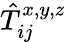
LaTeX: \hat{T}_{ij}^{x,y,z}